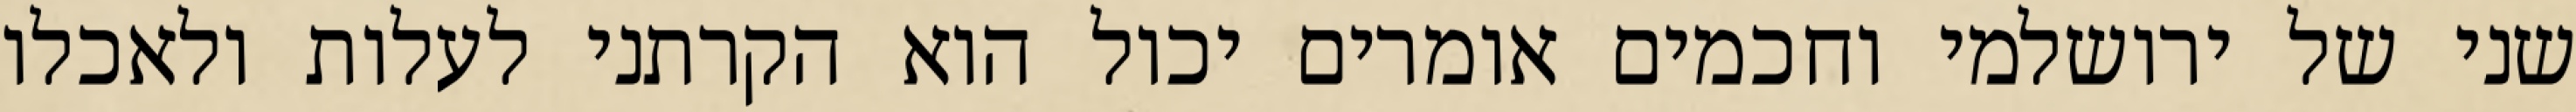
שני של ירושלמי וחכמים אומרים יכול הוא הקרתני לעלות ולאכלו